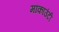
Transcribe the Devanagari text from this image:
मांकाउंटी